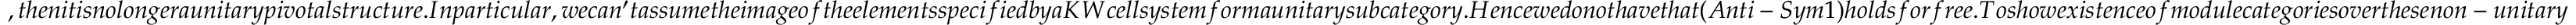
, t h e n i t i s n o l o n g e r a u n i t a r y p i v o t a l s t r u c t u r e . I n p a r t i c u l a r , w e c a n ^ { \prime } t a s s u m e t h e i m a g e o f t h e e l e m e n t s s p e c i f i e d b y a K W c e l l s y s t e m f o r m a u n i t a r y s u b c a t e g o r y . H e n c e w e d o n o t h a v e t h a t ( A n t i - S y m 1 ) h o l d s f o r f r e e . T o s h o w e x i s t e n c e o f m o d u l e c a t e g o r i e s o v e r t h e s e n o n - u n i t a r y